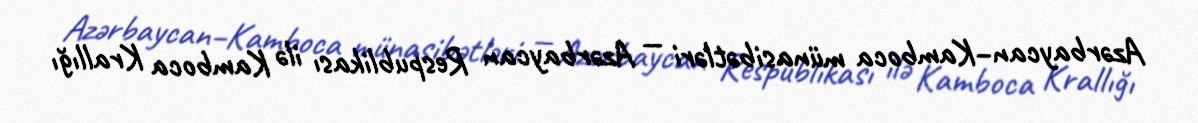
Azərbaycan–Kamboca münasibətləri — Azərbaycan Respublikası ilə Kamboca Krallığı